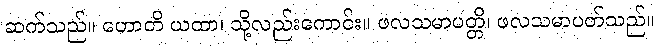
ဆက်သည်။ ဟောတိ ယထာ၊ သို့လည်းကောင်း။ ဖလသမာပတ္တိ၊ ဖလသမာပတ်သည်။